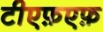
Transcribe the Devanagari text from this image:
टीएफ़एफ़